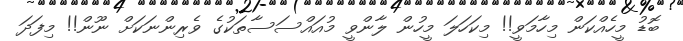
ބޮޑު މީހެއްކަން މިހާމަވީ!! މިކަހަލަ މީހުން ލާންވީ މުއައްސަސާތަކުގެ ވެރިންނަކަށް ނޫން!! މިފަދަ